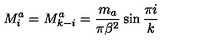
M _ { i } ^ { a } = M _ { k - i } ^ { a } = \frac { m _ { a } } { \pi \beta ^ { 2 } } \sin \frac { \pi i } { k }